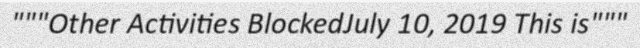
"""Other Activities BlockedJuly 10, 2019 This is"""